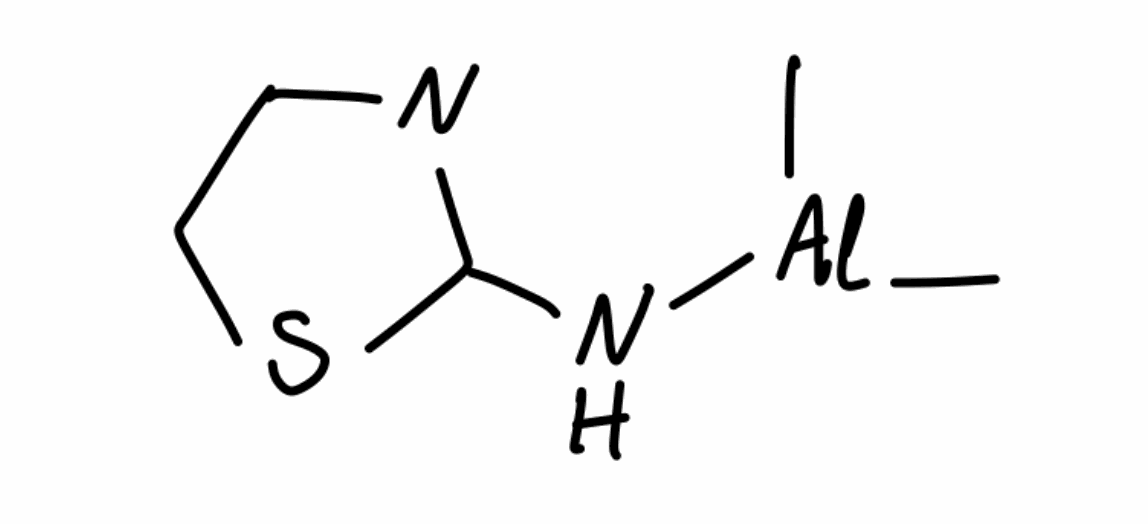
Simplified molecular-input line-entry system (SMILES) notation of the given molecule:
C[Al](C)NC1=NC=CS1